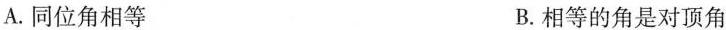
A.同位角相等 B.相等的角是对顶角